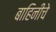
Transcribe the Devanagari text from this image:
बाहिनीचे